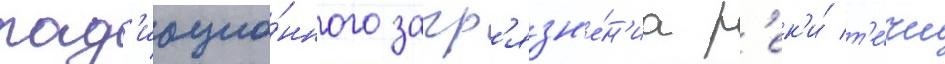
рад'иацио́нного загр'язн'е́н'иа р'ек'и́ т'е́чи